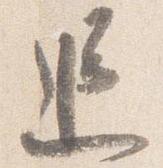
追